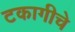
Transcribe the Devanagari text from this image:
टकागीचे